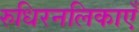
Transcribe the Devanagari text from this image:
रुधिरनलिकाएँ